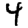
Digit: 4